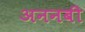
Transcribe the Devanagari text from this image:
अननबी